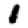
Digit: 1